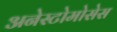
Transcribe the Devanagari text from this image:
अनेस्टोमोसेस